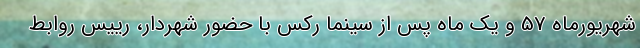
شهریورماه 57 و یک ماه پس از سینما رکس با حضور شهردار، رییس روابط